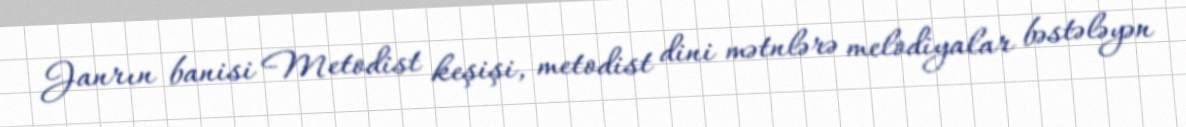
Janrın banisi Metodist keşişi, metodist dini mətnlərə melodiyalar bəstələyən